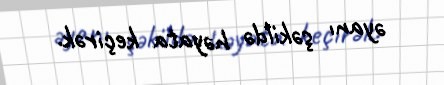
əyanı şəkildə həyata keçirək.